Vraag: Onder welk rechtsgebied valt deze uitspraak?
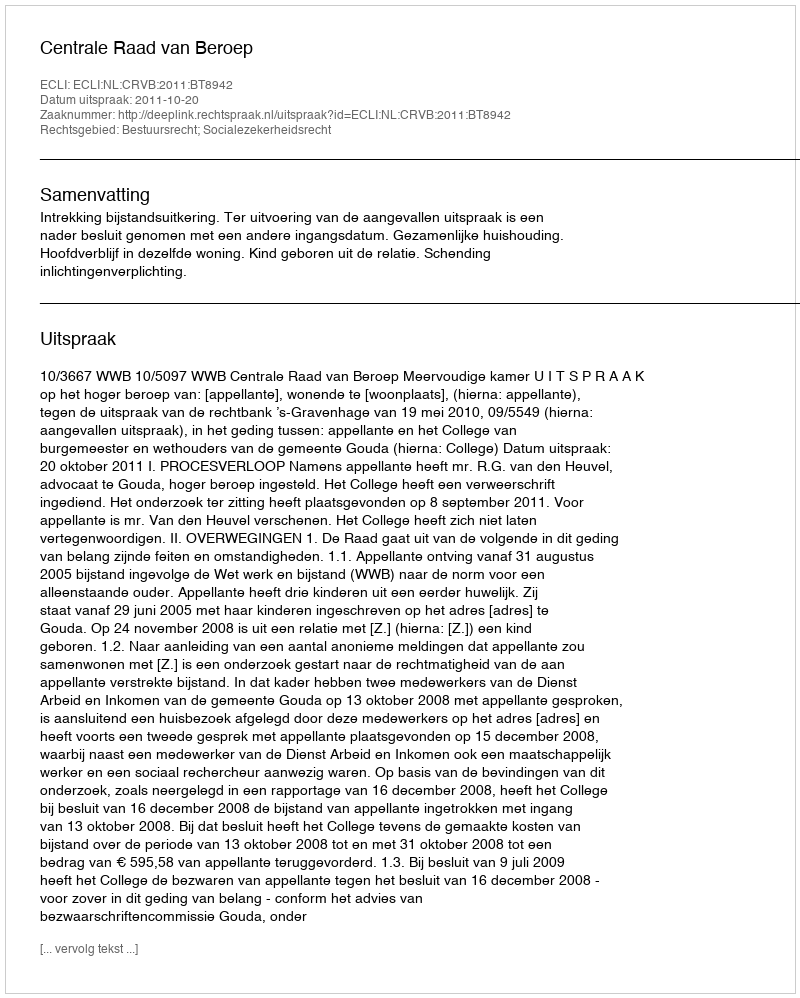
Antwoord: Bestuursrecht; Socialezekerheidsrecht